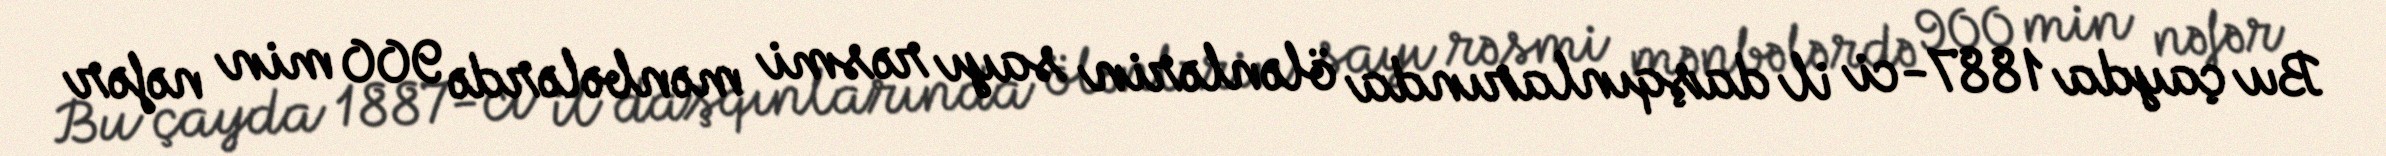
Bu çayda 1887-ci il daşqınlarında ölənlərin sayı rəsmi mənbələrdə 900 min nəfər